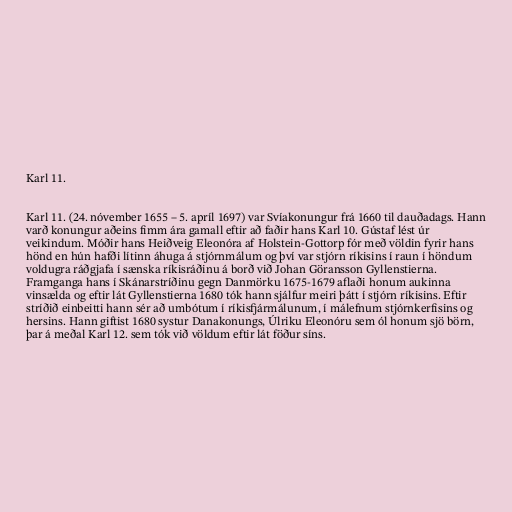
Karl 11.

Karl 11. (24. nóvember 1655 – 5. apríl 1697) var Svíakonungur frá 1660 til dauðadags. Hann
varð konungur aðeins fimm ára gamall eftir að faðir hans Karl 10. Gústaf lést úr
veikindum. Móðir hans Heiðveig Eleonóra af Holstein-Gottorp fór með völdin fyrir hans
hönd en hún hafði lítinn áhuga á stjórnmálum og því var stjórn ríkisins í raun í höndum
voldugra ráðgjafa í sænska ríkisráðinu á borð við Johan Göransson Gyllenstierna.
Framganga hans í Skánarstríðinu gegn Danmörku 1675-1679 aflaði honum aukinna
vinsælda og eftir lát Gyllenstierna 1680 tók hann sjálfur meiri þátt í stjórn ríkisins. Eftir
stríðið einbeitti hann sér að umbótum í ríkisfjármálunum, í málefnum stjórnkerfisins og
hersins. Hann giftist 1680 systur Danakonungs, Úlriku Eleonóru sem ól honum sjö börn,
þar á meðal Karl 12. sem tók við völdum eftir lát föður síns.